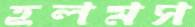
হলমস